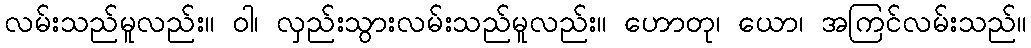
လမ်းသည်မူလည်း။ ဝါ၊ လှည်းသွားလမ်းသည်မူလည်း။ ဟောတု၊ ယော၊ အကြင်လမ်းသည်။